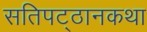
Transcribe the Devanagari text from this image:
सतिपट्ठानकथा